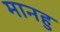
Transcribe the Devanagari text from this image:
मानहु